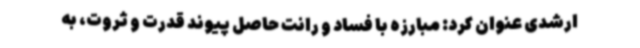
ارشدی عنوان کرد: مبارزه با فساد و رانت حاصل پیوند قدرت و ثروت، به